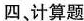
四、计算题